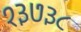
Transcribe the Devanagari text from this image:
१३७३८